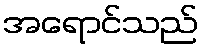
အရောင်သည်